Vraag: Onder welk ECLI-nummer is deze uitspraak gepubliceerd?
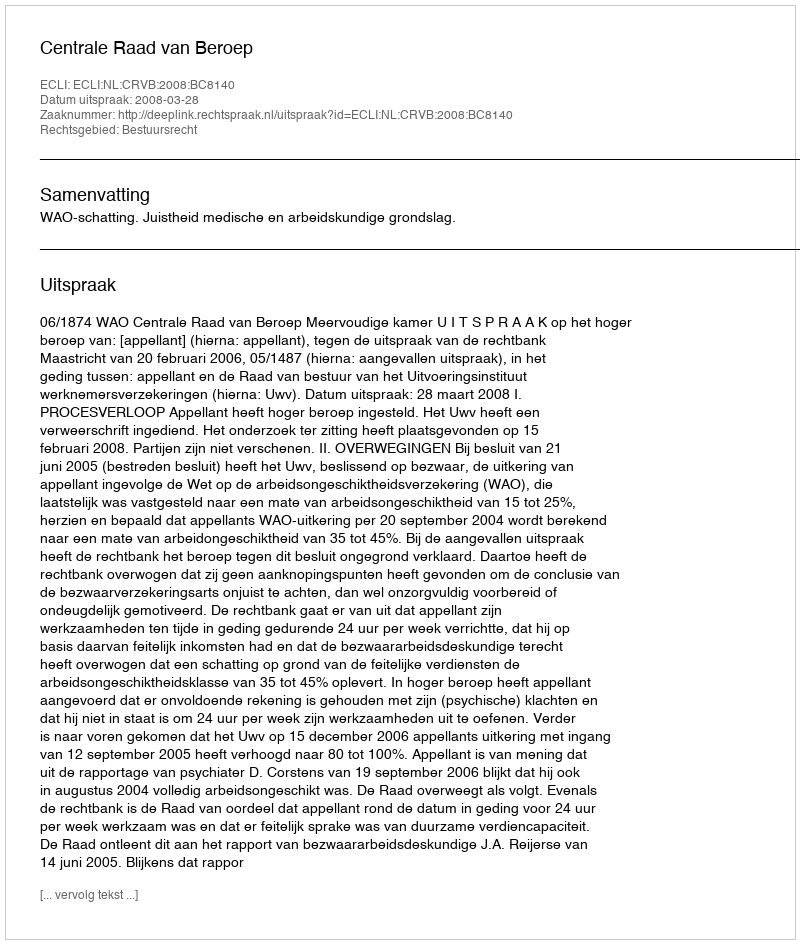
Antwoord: ECLI:NL:CRVB:2008:BC8140